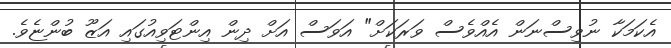
އެކަމަކާ ނުވިސްނަން އެއްވެސް ވަރަކަށް" އަވަސް އަށް ދިން އިންޓަވިއުގައި އަޒޫ ބުންޏެވެ.